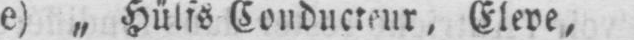
e) „ Hülfs⸗Conducteur, Eleve,